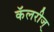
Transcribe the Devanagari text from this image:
कॅलरीज्‌